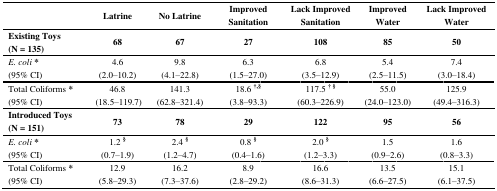
<table><thead><tr><td></td><td><b>Latrine</b></td><td><b>No Latrine</b></td><td><b>Improved Sanitation</b></td><td><b>Lack Improved Sanitation</b></td><td><b>Improved Water</b></td><td><b>Lack Improved Water</b></td></tr></thead><tbody><tr><td><b>Existing Toys (N = 135)</b></td><td><b>68</b></td><td><b>67</b></td><td><b>27</b></td><td><b>108</b></td><td><b>85</b></td><td><b>50</b></td></tr><tr><td><i>E. coli</i> * (95% CI)</td><td>4.6 (2.0–10.2)</td><td>9.8 (4.1–22.8)</td><td>6.3 (1.5–27.0)</td><td>6.8 (3.5–12.9)</td><td>5.4 (2.5–11.5)</td><td>7.4 (3.0–18.4)</td></tr><tr><td>Total Coliforms * (95% CI)</td><td>46.8 (18.5–119.7)</td><td>141.3 (62.8–321.4)</td><td>18.6 <sup>†,§</sup> (3.8–93.3)</td><td>117.5 <sup>† § </sup>(60.3–226.9)</td><td>55.0 (24.0–123.0)</td><td>125.9 (49.4–316.3)</td></tr><tr><td><b>Introduced Toys (N = 151)</b></td><td><b>73</b></td><td><b>78</b></td><td><b>29</b></td><td><b>122</b></td><td><b>95</b></td><td><b>56</b></td></tr><tr><td><i>E. coli</i> * (95% CI)</td><td>1.2 <sup>§</sup> (0.7–1.9)</td><td>2.4 <sup>§</sup> (1.2–4.7)</td><td>0.8 <sup>§ </sup>(0.4–1.6)</td><td>2.0 <sup>§ </sup>(1.2–3.3)</td><td>1.5 (0.9–2.6)</td><td>1.6 (0.8–3.3)</td></tr><tr><td>Total Coliforms * (95% CI)</td><td>12.9 (5.8–29.3)</td><td>16.2 (7.3–37.6)</td><td>8.9 (2.8–29.2)</td><td>16.6 (8.6–31.3)</td><td>13.5 (6.6–27.5)</td><td>15.1 (6.1–37.5)</td></tr></tbody></table>